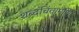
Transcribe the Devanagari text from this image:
शब्दचिंतामणि